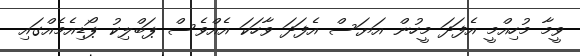
ވީމާ މުހިއްމީ އެފަދަ މީހުން އަޔަސް އެފަދަ ވާހަކަ އެއްވެސް ޕަބްލިކު ޕޯޑިއެމެއްގައި